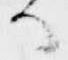
候